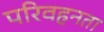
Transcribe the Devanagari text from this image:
परिवहनता